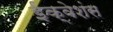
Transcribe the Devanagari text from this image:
ईक्वेशंस